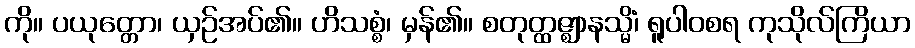
ကို။ ပယုတ္တော၊ ယှဉ်အပ်၏။ ဟိသစ္စံ၊ မှန်၏။ စတုတ္ထဇ္ဈာနသ္မိံ၊ ရူပါဝစရ ကုသိုလ်ကြိယာ